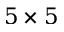
5 \times 5